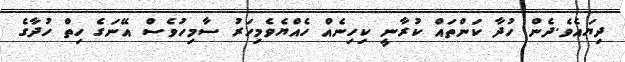
ދިޔައެވެ.ދެން ހުދާ ކަންތައް ކުރާނީ ކިހިނެއް ހެއްޔެވެމިހަރު ސާމިހުވެސް އޭނަގެ ހިތް ހުދާގެ